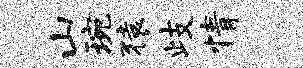
山琬猿歧情